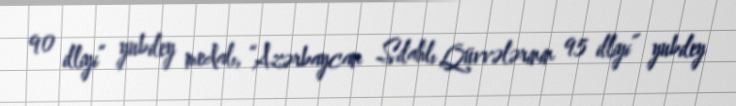
90 illiyi” yubiley medalı, “Azərbaycan Silahlı Qüvvələrinin 95 illiyi” yubiley